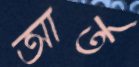
আর্ত